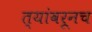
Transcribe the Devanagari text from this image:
त्यांवरूनच